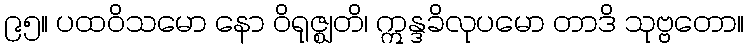
၉၅။ ပထဝိသမော နော ဝိရုဇ္ဈတိ၊ ဣန္ဒခိလုပမော တာဒိ သုဗ္ဗတော။